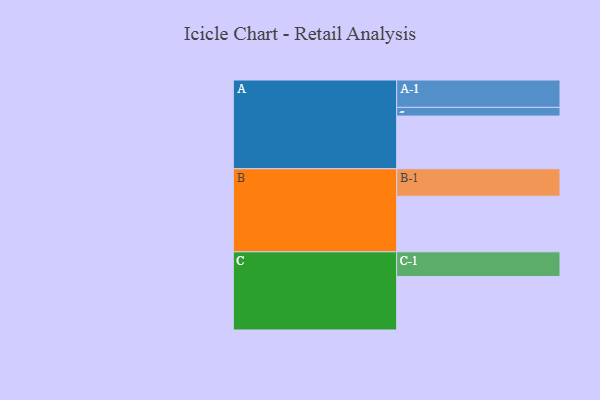
{"axis": {"x": "Segment", "y": "Value"}, "legend": ["", "A", "B", "C"], "data": [{"x": "A", "y": 562, "type": ""}, {"x": "B", "y": 593, "type": ""}, {"x": "C", "y": 570, "type": ""}, {"x": "A-1", "y": 292, "type": "A"}, {"x": "A-2", "y": 93, "type": "A"}, {"x": "B-1", "y": 293, "type": "B"}, {"x": "C-1", "y": 264, "type": "C"}]}